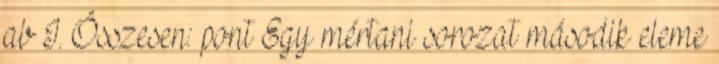
ab I. Összesen: pont Egy mértani sorozat második eleme